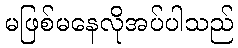
မဖြစ်မနေလိုအပ်ပါသည်